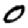
Digit: 0